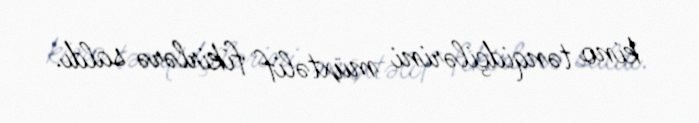
kino tənqidçilərini müxtəlif fikirlərə saldı.